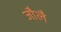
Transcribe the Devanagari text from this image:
जौलै